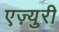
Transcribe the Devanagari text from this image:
एज़्युरी